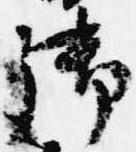
御